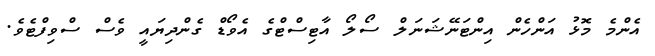
އެންމެ މޮޅު އަންހެން އިންޓަނޭޝަނަލް ސޯލޯ އާޓިސްޓްގެ އެވޯޑް ގެންދިޔައީ ވެސް ސްވިފްޓެވެ.